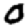
Digit: 0